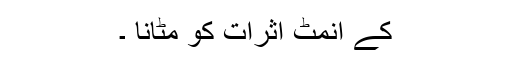
کے انمٹ اثرات کو مٹانا ۔